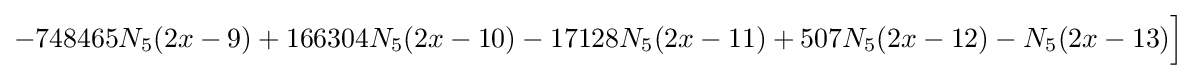
-748465N_{5}(2x-9)+166304N_{5}(2x-10)-17128N_{5}(2x-11)+507N_{5}(2x-12)-N_{5}(2x-13){\Big ]}